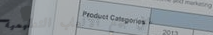
محل بيع الألعاب التعليمية